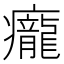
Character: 𤼃